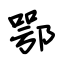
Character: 鄂